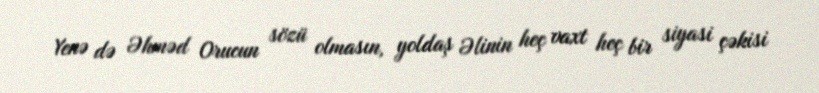
Yenə də Əhməd Orucun sözü olmasın, yoldaş Əlinin heç vaxt heç bir siyasi çəkisi